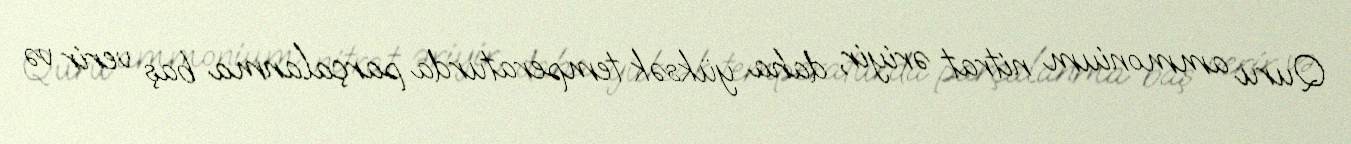
Quru ammonium nitrat əriyir, daha yüksək temperaturda parçalanma baş verir və